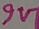
Text: 9V